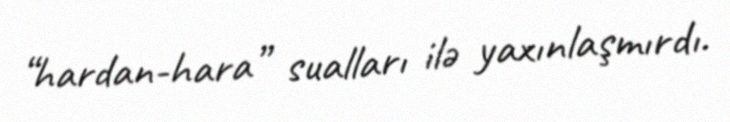
“hardan-hara” sualları ilə yaxınlaşmırdı.